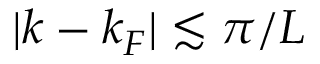
| k - k _ { F } | \lesssim \pi / L